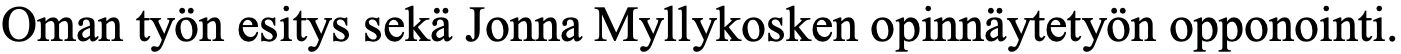
Oman työn esitys sekä Jonna Myllykosken opinnäytetyön opponointi.